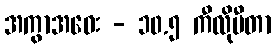
အကွာအဝေး - ၁၀.၅ ကီလိုမီတာ